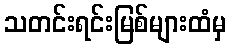
သတင်းရင်းမြစ်များထံမှ